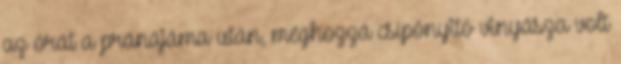
az órát a pránájáma után, méghozzá csípőnyitó vinyásza volt